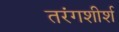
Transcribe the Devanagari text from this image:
तरंगशीर्श